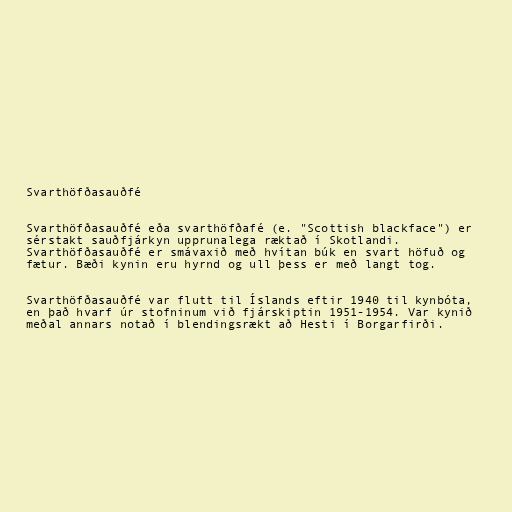
Svarthöfðasauðfé

Svarthöfðasauðfé eða svarthöfðafé (e. "Scottish blackface") er
sérstakt sauðfjárkyn upprunalega ræktað í Skotlandi.
Svarthöfðasauðfé er smávaxið með hvítan búk en svart höfuð og
fætur. Bæði kynin eru hyrnd og ull þess er með langt tog.

Svarthöfðasauðfé var flutt til Íslands eftir 1940 til kynbóta,
en það hvarf úr stofninum við fjárskiptin 1951-1954. Var kynið
meðal annars notað í blendingsrækt að Hesti í Borgarfirði.